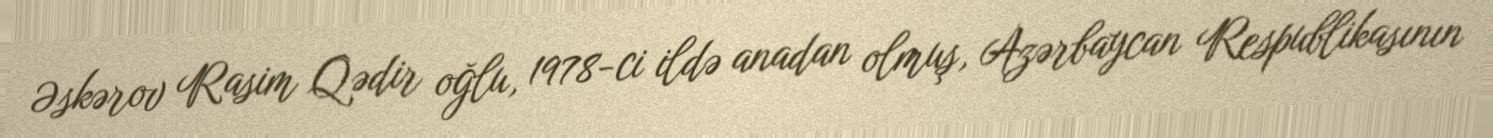
Əskərov Rasim Qədir oğlu, 1978-ci ildə anadan olmuş, Azərbaycan Respublikasının